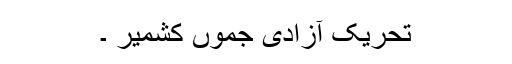
تحريک آزادی جموں کشمير ۔